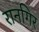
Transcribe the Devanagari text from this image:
रानगिर